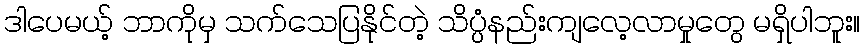
ဒါပေမယ့် ဘာကိုမှ သက်သေပြနိုင်တဲ့ သိပ္ပံနည်းကျလေ့လာမှုတွေ မရှိပါဘူး။